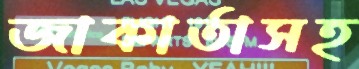
জাকার্তাসহ